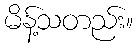
မိန့်သတည်း။